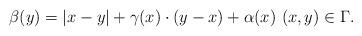
LaTeX: \begin{align*}\beta (y) = |x - y| + \gamma(x) \cdot (y-x) + \alpha(x) \, \,(x,y) \in \Gamma .\end{align*}